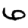
Digit: 6